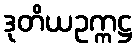
ဒုတိယဥက္ကဋ္ဌ